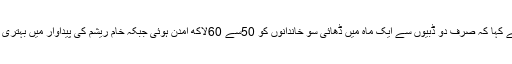
انہوں نے کہا کہ صرف دو ڈبیوں سے ایک ماہ میں ڈھائی سو خاندانوں کو 50سے 60لاکھ آمدن ہوئی جبکہ خام ریشم کی پیداوار میں بہتری آئی ہے۔